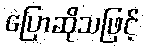
ပြောဆိုသဖြင့်